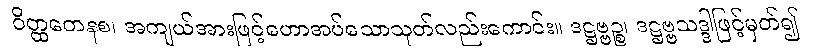
ဝိတ္ထတေနစ၊ အကျယ်အားဖြင့်ဟောအပ်သောသုတ်လည်းကောင်း။ ဒဋ္ဌဗ္ဗဉ္စ၊ ဒဋ္ဌဗ္ဗသဒ္ဒါဖြင့်မှတ်၍